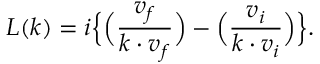
L ( k ) = i \Big \{ \Big ( { \frac { v _ { f } } { k \cdot v _ { f } } } \Big ) - \Big ( { \frac { v _ { i } } { k \cdot v _ { i } } } \Big ) \Big \} .